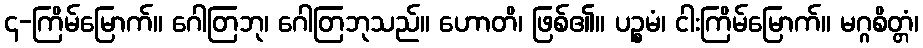
၄-ကြိမ်မြောက်။ ဂေါတြဘု၊ ဂေါတြဘုသည်။ ဟောတိ၊ ဖြစ်၏။ ပဉ္စမံ၊ ငါးကြိမ်မြောက်။ မဂ္ဂစိတ္တံ၊